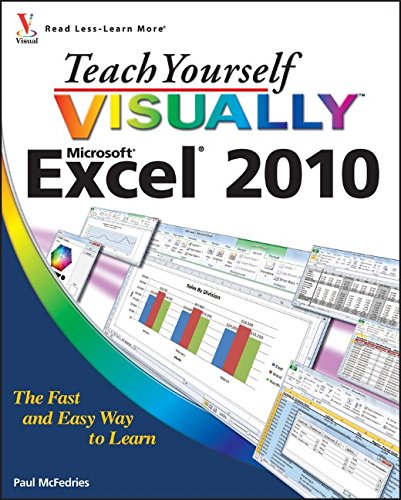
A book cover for Teach Yourself VISUALLY Excel 2010; Paul McFedries; Computers & Technology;